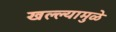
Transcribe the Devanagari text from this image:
खल्ल्यामुळे